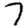
Digit: 7